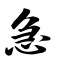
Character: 急